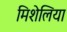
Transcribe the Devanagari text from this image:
मिशेलिया